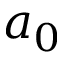
a _ { 0 }